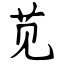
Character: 苋